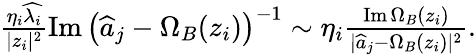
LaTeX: \begin{array}{r}{\frac{\eta_{i}\widehat{\lambda_{i}}}{|z_{i}|^{2}}\operatorname{Im}\left(\widehat{a}_{j}-\Omega_{B}(z_{i})\right)^{-1}\sim\eta_{i}\frac{\operatorname{Im}\Omega_{B}(z_{i})}{|\widehat{a}_{j}-\Omega_{B}(z_{i})|^{2}}.}\end{array}